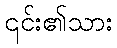
၎င်း၏သား